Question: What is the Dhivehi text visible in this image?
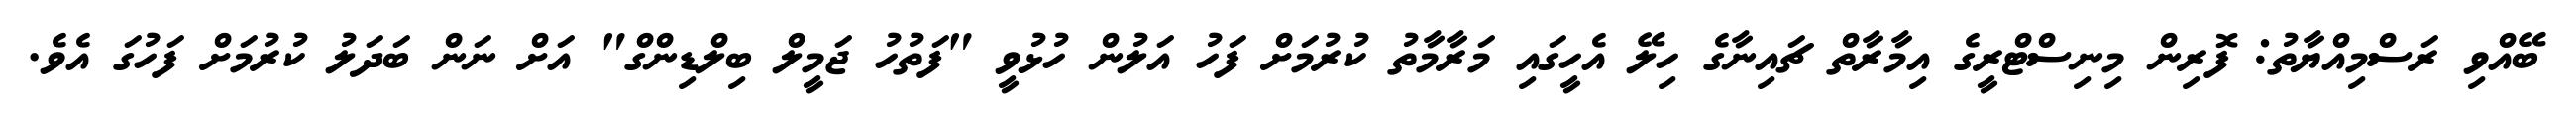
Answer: ބޭއްވި ރަސްމިއްޔާތު: ފޮރިން މިނިސްޓްރީގެ އިމާރާތް ޗައިނާގެ ހިލޭ އެހީގައި މަރާމާތު ކުރުމަށް ފަހު އަލުން ހުޅުވީ "ފަތުހު ޖަމީލް ބިލްޑިންގް" އަށް ނަން ބަދަލު ކުރުމަށް ފަހުގަ އެވެ.